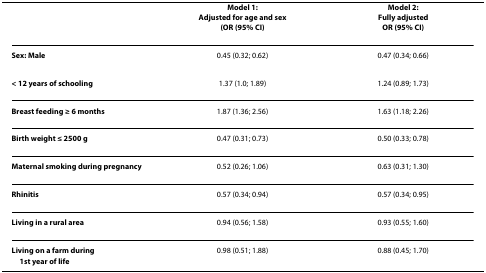
|  | Model 1:Adjusted for age and sex(OR (95% CI) | Model 2:Fully adjustedOR (95% CI) |
 | --- | --- | --- |
 | Sex: Male | 0.45 (0.32; 0.62) | 0.47 (0.34; 0.66) |
 | < 12 years of schooling | 1.37 (1.0; 1.89) | 1.24 (0.89; 1.73) |
 | Breast feeding ≥ 6 months | 1.87 (1.36; 2.56) | 1.63 (1.18; 2.26) |
 | Birth weight ≤ 2500 g | 0.47 (0.31; 0.73) | 0.50 (0.33; 0.78) |
 | Maternal smoking during pregnancy | 0.52 (0.26; 1.06) | 0.63 (0.31; 1.30) |
 | Rhinitis | 0.57 (0.34; 0.94) | 0.57 (0.34; 0.95) |
 | Living in a rural area | 0.94 (0.56; 1.58) | 0.93 (0.55; 1.60) |
 | Living on a farm during1st year of life | 0.98 (0.51; 1.88) | 0.88 (0.45; 1.70) |